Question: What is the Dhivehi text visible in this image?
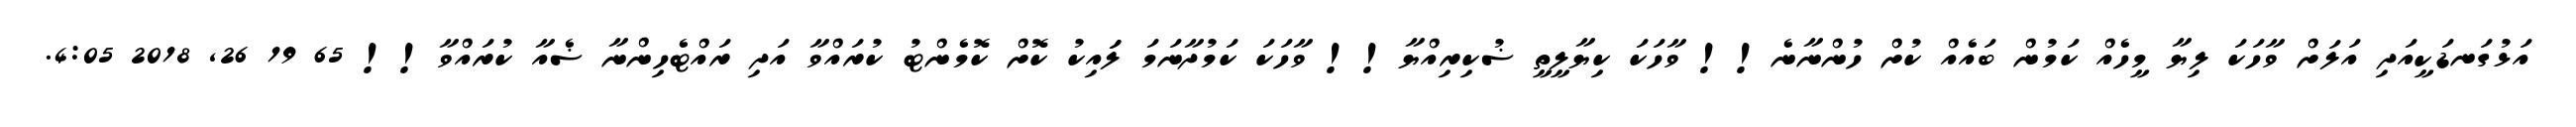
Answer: އަޅުގަނޑަކީއަދި އަލަށް ވާހަކަ ލިޔާ މީހެއް ކަމުން ބައެއް ކުށް ހުންނާނެ!! ވާހަކަ ކިޔާލީތީ ޟުކިރިއްޔާ!! ވާހަކަ ކަމުދާނަމަ ލަައިކު ކޮށް ކޮމެންޓު ކުރައްވާ އަދި ރައްޓެހިންނާ ޟެއާ ކުރައްވާ!! 65 19 26, 2018 4:05.